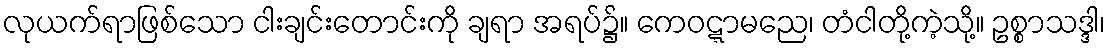
လုယက်ရာဖြစ်သော ငါးချင်းတောင်းကို ချရာ အရပ်၌။ ကေဝဋ္ဋာမညေ၊ တံငါတို့ကဲ့သို့။ ဥစ္စာသဒ္ဒါ၊